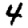
Digit: 4